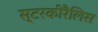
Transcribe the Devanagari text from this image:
स्टरकीरैलिस